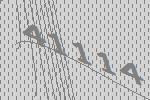
41114